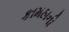
કામઠાની